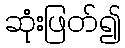
ဆုံးဖြတ်၍